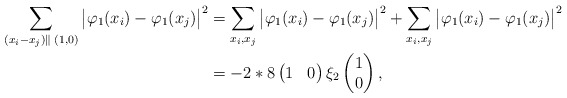
\begin{align*}\sum_{(x_i-x_j) \parallel \; (1,0)}\big|\varphi_1(x_i) - \varphi_1(x_j)\big|^2 &= \sum_{x_i, x_j }\big|\varphi_1(x_i) - \varphi_1(x_j)\big|^2 + \sum_{x_i, x_j }\big|\varphi_1(x_i) - \varphi_1(x_j)\big|^2 \\&= -2*8\begin{pmatrix} 1 & 0 \end{pmatrix} \xi_2 \begin{pmatrix} 1\\ 0 \end{pmatrix}, \end{align*}